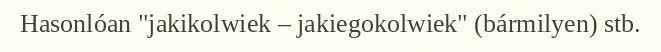
Hasonlóan "jakikolwiek – jakiegokolwiek" (bármilyen) stb.